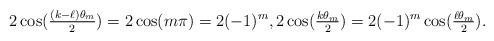
LaTeX: \begin{align*} 2\cos(\tfrac{(k-\ell)\theta_m}{2}) = 2\cos(m \pi) = 2(-1)^m, 2\cos(\tfrac{k\theta_m}{2}) = 2(-1)^m\cos(\tfrac{\ell \theta_m}{2}). \end{align*}